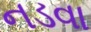
નડવા